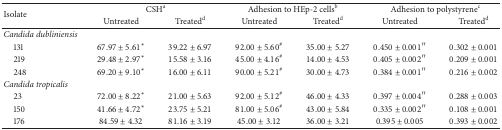
<table><thead><tr><td rowspan="2"><b>Isolate</b></td><td colspan="2"><b>CSH<sup>a</sup></b></td><td colspan="2"><b>Adhesion to HEp-2 cells<sup>b</sup></b></td><td colspan="2"><b>Adhesion to polystyrene<sup>c</sup></b></td></tr><tr><td><b>Untreated</b></td><td><b>Treated<sup>d</sup></b></td><td><b>Untreated</b></td><td><b>Treated<sup>d</sup></b></td><td><b>Untreated</b></td><td><b>Treated<sup>d</sup></b></td></tr></thead><tbody><tr><td><i>Candida dubliniensis </i></td><td> </td><td> </td><td> </td><td> </td><td> </td><td> </td></tr><tr><td> 131</td><td>67.97 ± 5.61*</td><td>39.22 ± 6.97</td><td>92.00 ± 5.60<sup>#</sup></td><td>35.00 ± 5.27</td><td>0.450 ± 0.001′′</td><td>0.302 ± 0.001</td></tr><tr><td> 219</td><td>29.48 ± 2.97*</td><td>15.58 ± 3.16</td><td>45.00 ± 4.16<sup>#</sup></td><td>14.00 ± 4.53</td><td>0.405 ± 0.002′′</td><td>0.209 ± 0.001</td></tr><tr><td> 248</td><td>69.20 ± 9.10*</td><td>16.00 ± 6.11</td><td>90.00 ± 5.21<sup>#</sup></td><td>30.00 ± 4.73</td><td>0.384 ± 0.001′′</td><td>0.216 ± 0.002</td></tr><tr><td><i>Candida tropicalis </i></td><td> </td><td> </td><td> </td><td> </td><td> </td><td> </td></tr><tr><td> 23</td><td>72.00 ± 8.22*</td><td>21.00 ± 5.63</td><td>92.00 ± 5.12<sup>#</sup></td><td>46.00 ± 4.33</td><td>0.397 ± 0.004′′</td><td>0.288 ± 0.003</td></tr><tr><td> 150</td><td>41.66 ± 4.72*</td><td>23.75 ± 5.21</td><td>81.00 ± 5.06<sup>#</sup></td><td>43.00 ± 5.84</td><td>0.335 ± 0.002′′</td><td>0.108 ± 0.001</td></tr><tr><td> 176</td><td>84.59 ± 4.32</td><td>81.16 ± 3.19</td><td>45.00 ± 3.12</td><td>36.00 ± 3.21</td><td>0.395 ± 0.005</td><td>0.393 ± 0.002</td></tr></tbody></table>